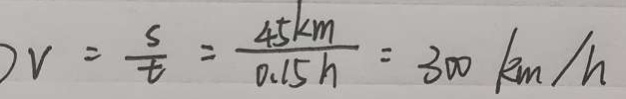
v = \frac { s } { t } = \frac { 4 5 k m } { 0 . 1 5 h } = 3 0 0 k m / h